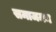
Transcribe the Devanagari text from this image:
समाजमन